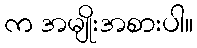
က အမျိုးအစားပါ။